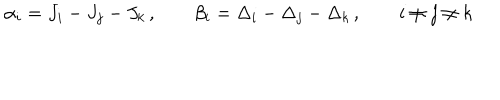
LaTeX: \alpha _ { i } = J _ { i } - J _ { j } - J _ { k } \, , \qquad \beta _ { i } = \Delta _ { i } - \Delta _ { j } - \Delta _ { k } \, , \qquad i \neq j \neq k